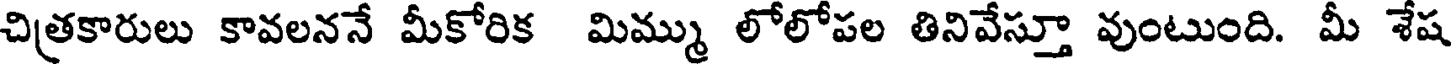
చిత్రకారులు కావలననే మీకోరిక మిమ్ము లోలోపల తినివేస్తూ వుంటుంది. మీ శేష